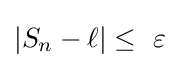
\left|S_{n}-\ell \right\vert \leq \ \varepsilon